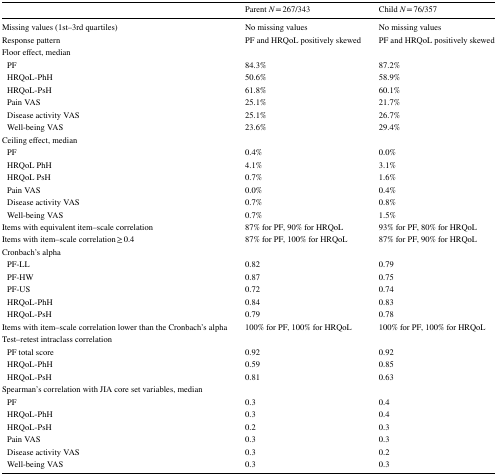
<table><thead><tr><td></td><td><b>Parent <i>N</i> = 267/343</b></td><td><b>Child <i>N</i> = 76/357</b></td></tr></thead><tbody><tr><td>Missing values (1st–3rd quartiles)</td><td>No missing values</td><td>No missing values</td></tr><tr><td>Response pattern</td><td>PF and HRQoL positively skewed</td><td>PF and HRQoL positively skewed</td></tr><tr><td colspan="3">Floor effect, median</td></tr><tr><td> PF</td><td>84.3%</td><td>87.2%</td></tr><tr><td> HRQoL-PhH</td><td>50.6%</td><td>58.9%</td></tr><tr><td> HRQoL-PsH</td><td>61.8%</td><td>60.1%</td></tr><tr><td> Pain VAS</td><td>25.1%</td><td>21.7%</td></tr><tr><td> Disease activity VAS</td><td>25.1%</td><td>26.7%</td></tr><tr><td> Well-being VAS</td><td>23.6%</td><td>29.4%</td></tr><tr><td colspan="3">Ceiling effect, median</td></tr><tr><td> PF</td><td>0.4%</td><td>0.0%</td></tr><tr><td> HRQoL PhH</td><td>4.1%</td><td>3.1%</td></tr><tr><td> HRQoL PsH</td><td>0.7%</td><td>1.6%</td></tr><tr><td> Pain VAS</td><td>0.0%</td><td>0.4%</td></tr><tr><td> Disease activity VAS</td><td>0.7%</td><td>0.8%</td></tr><tr><td> Well-being VAS</td><td>0.7%</td><td>1.5%</td></tr><tr><td>Items with equivalent item–scale correlation</td><td>87% for PF, 90% for HRQoL</td><td>93% for PF, 80% for HRQoL</td></tr><tr><td>Items with item–scale correlation ≥ 0.4</td><td>87% for PF, 100% for HRQoL</td><td>87% for PF, 90% for HRQoL</td></tr><tr><td colspan="3">Cronbach’s alpha</td></tr><tr><td> PF-LL</td><td>0.82</td><td>0.79</td></tr><tr><td> PF-HW</td><td>0.87</td><td>0.75</td></tr><tr><td> PF-US</td><td>0.72</td><td>0.74</td></tr><tr><td> HRQoL-PhH</td><td>0.84</td><td>0.83</td></tr><tr><td> HRQoL-PsH</td><td>0.79</td><td>0.78</td></tr><tr><td>Items with item–scale correlation lower than the Cronbach’s alpha</td><td>100% for PF, 100% for HRQoL</td><td>100% for PF, 100% for HRQoL</td></tr><tr><td colspan="3">Test–retest intraclass correlation</td></tr><tr><td> PF total score</td><td>0.92</td><td>0.92</td></tr><tr><td> HRQoL-PhH</td><td>0.59</td><td>0.85</td></tr><tr><td> HRQoL-PsH</td><td>0.81</td><td>0.63</td></tr><tr><td colspan="3">Spearman’s correlation with JIA core set variables, median</td></tr><tr><td> PF</td><td>0.3</td><td>0.4</td></tr><tr><td> HRQoL-PhH</td><td>0.3</td><td>0.4</td></tr><tr><td> HRQoL-PsH</td><td>0.2</td><td>0.3</td></tr><tr><td> Pain VAS</td><td>0.3</td><td>0.3</td></tr><tr><td> Disease activity VAS</td><td>0.3</td><td>0.2</td></tr><tr><td> Well-being VAS</td><td>0.3</td><td>0.3</td></tr></tbody></table>